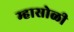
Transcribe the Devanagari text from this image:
म्हासोळी